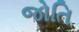
જોતિ